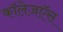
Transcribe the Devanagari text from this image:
कॉलेजऍस